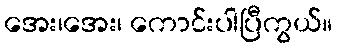
အေး၊အေး၊ ကောင်းပါပြီကွယ်။